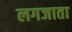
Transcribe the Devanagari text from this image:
लगजाता